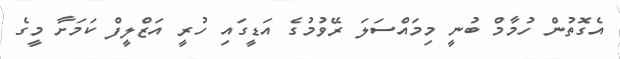
އެގޮތުން ހުމާމް ބުނީ މިމައްސަލަ ރޭވުމުގެ އަޑީގައި ހުރީ އަޒްލީފް ކަމަށާ މީގެ